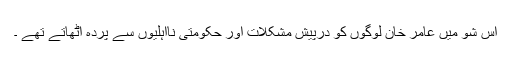
اس شو میں عامر خان لوگوں کو درپیش مشکلات اور حکومتی نااہلیوں سے پردہ اٹھاتے تھے ۔